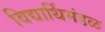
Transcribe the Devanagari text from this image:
विद्यार्थिमंडळ